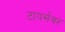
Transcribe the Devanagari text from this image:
टायर्सवर